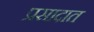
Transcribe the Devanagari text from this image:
प्रसादात